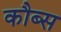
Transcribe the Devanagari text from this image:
कौब्स